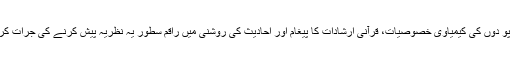
مندجہ بالا دی گئی نباتاتی تاریخ پو دوں کی کیمیاوی خصوصیات، قرآنی ارشادات کا پیغام اور احادیث کی روشنی میں راقم سطور یہ نظریہ پیش کرنے کی جرات کر تا ہے کہ سدرة المنتہیٰ کا سدرہ۔